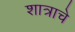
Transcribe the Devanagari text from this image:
शात्राचे